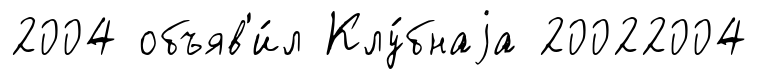
2004 объяв'и́л Клу́бнаjа 20022004